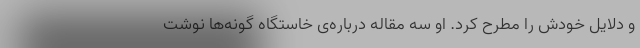
و دلایل خودش را مطرح کرد. او سه مقاله درباره‌ی خاستگاه‌ گونه‌ها نوشت